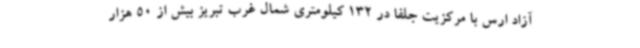
آزاد ارس با مرکزیت جلفا در 132 کیلومتری شمال غرب تبریز بیش از 50 هزار